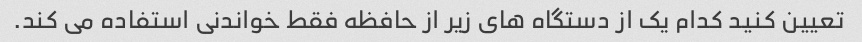
تعیین کنید کدام یک از دستگاه های زیر از حافظه فقط خواندنی استفاده می کند.